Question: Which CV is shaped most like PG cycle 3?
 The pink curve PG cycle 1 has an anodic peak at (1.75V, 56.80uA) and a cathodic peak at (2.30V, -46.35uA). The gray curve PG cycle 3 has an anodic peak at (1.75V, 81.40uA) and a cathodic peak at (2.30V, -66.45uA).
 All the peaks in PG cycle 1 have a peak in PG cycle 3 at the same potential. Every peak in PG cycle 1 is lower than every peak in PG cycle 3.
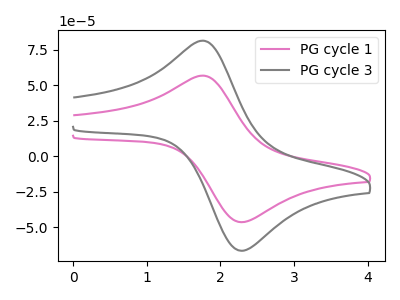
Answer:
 <answer>The CV with the most similar shape to "PG cycle 1" is "PG cycle 3".</answer>
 <eval>"PG cycle 3"</eval>